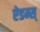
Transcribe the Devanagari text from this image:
ऐडम्स्‌